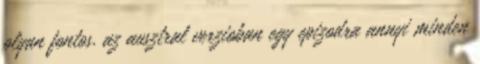
olyan fontos. az ausztral verzioban egy epizodra annyi minden